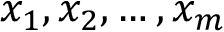
x _ { 1 } , x _ { 2 } , \dots , x _ { m }